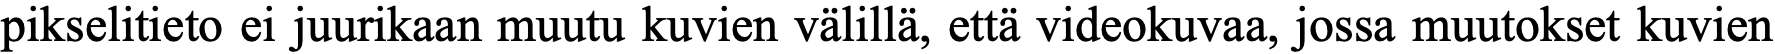
pikselitieto ei juurikaan muutu kuvien välillä, että videokuvaa, jossa muutokset kuvien